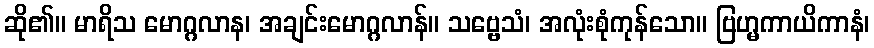
ဆို၏။ မာရိသ မောဂ္ဂလာန၊ အချင်းမောဂ္ဂလာန်။ သဗ္ဗေသံ၊ အလုံးစုံကုန်သော။ ဗြဟ္မကာယိကာနံ၊